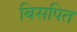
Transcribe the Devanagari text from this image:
बिसपित